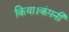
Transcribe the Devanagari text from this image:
किया।कंपनी